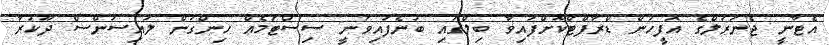
އެޓާނީ ޖެނަރަލްގެ އޮފީހުން ޑްރާފްޓްކޮށްފައިވާ ބިލްގައި ބުނެފައިވަނީ ސިސްޓަމެއް ހިންގަން ލައިސަންސް ދޫކުރާ